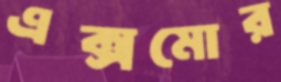
এক্সমোর